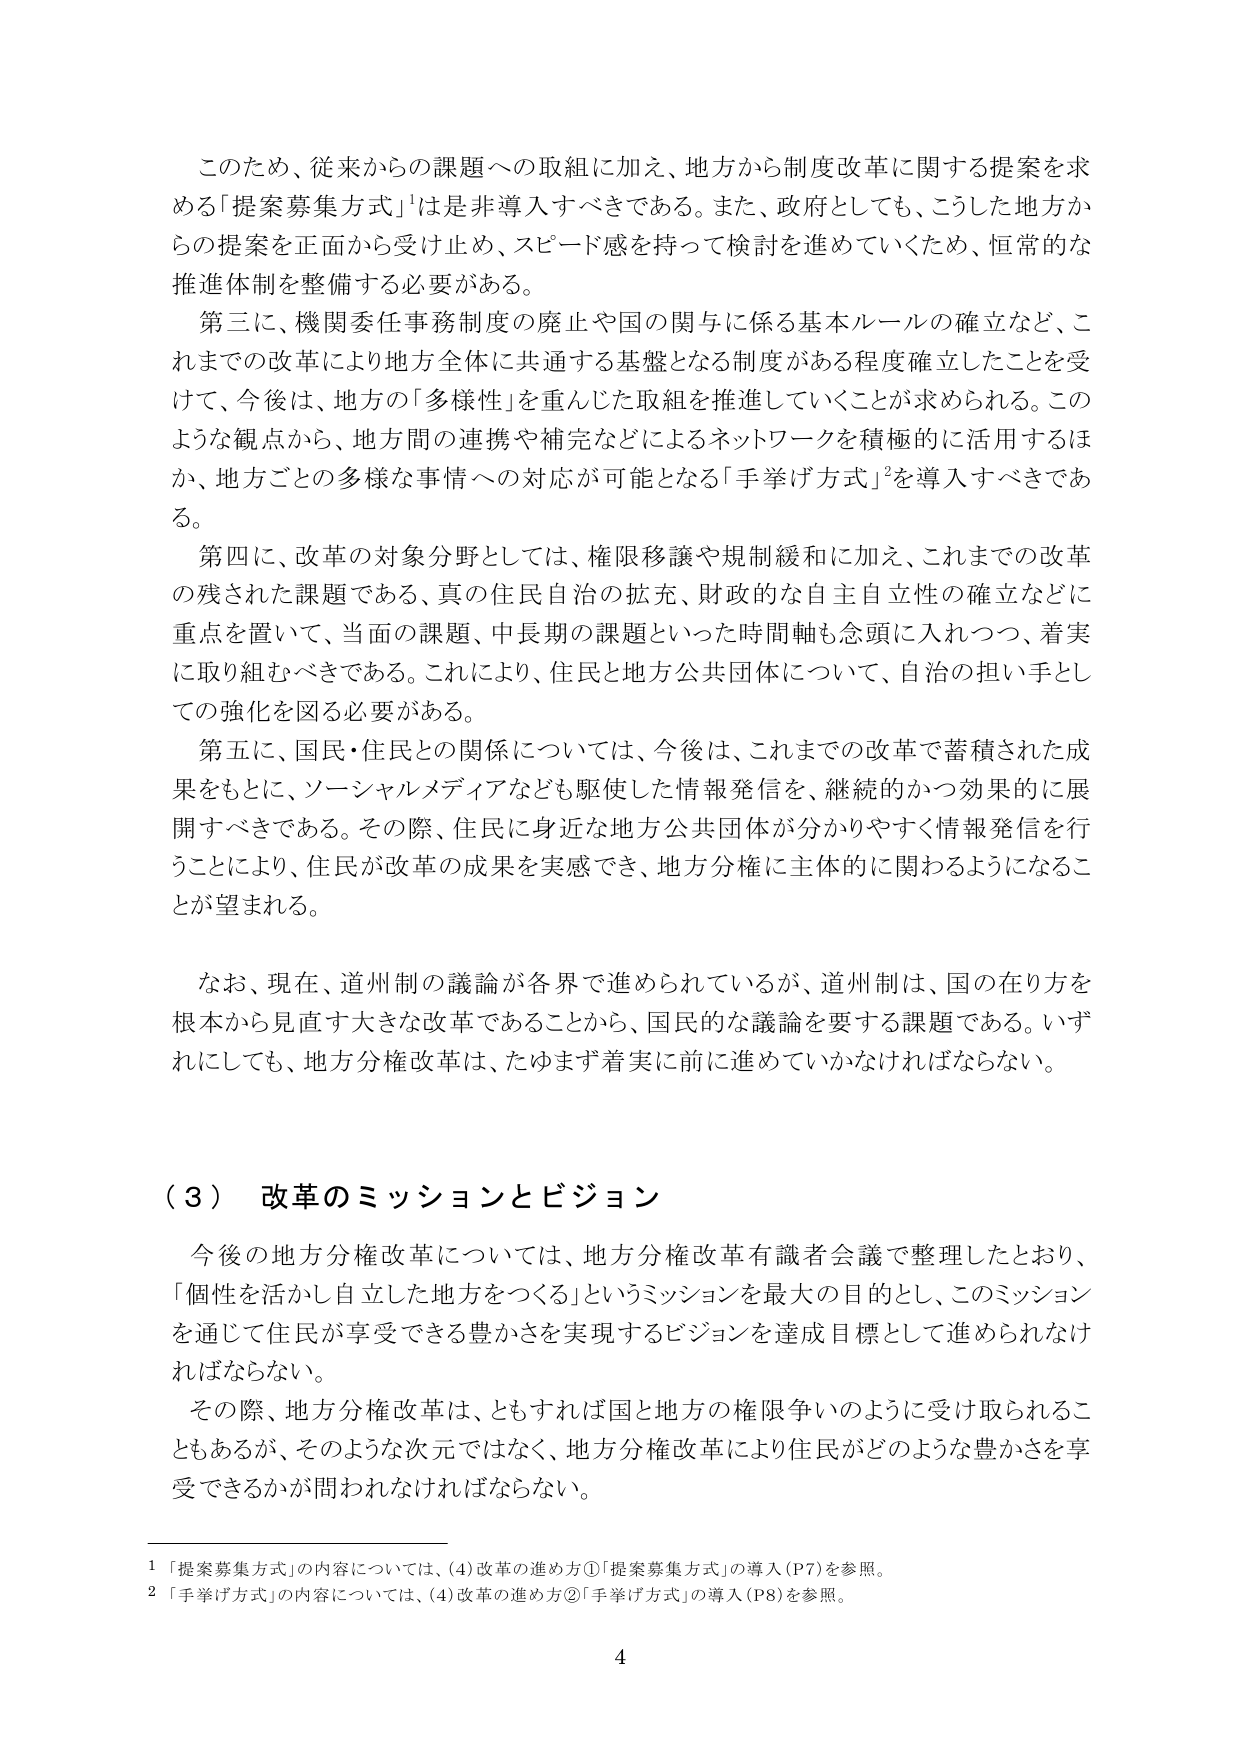
このため、従来からの課題への取組に加え、地方から制度改革に関する提案を求める「提案募集方式」は是非導入すべきである。また、政府としても、こうした地方からの提案を正面から受け止め、スピード感を持って検討を進めていくため、恒常的な推進体制を整備する必要がある。

第三に、機関委任事務制度の廃止や国の関与に係る基本ルールの確立など、これまでの改革により地方全体に共通する基盤となる制度がある程度確立したことを受けて、今後は、地方の「多様性」を重んじた取組を推進していくことが求められる。このような観点から、地方間の連携や補完などによるネットワークを積極的に活用するほか、地方ごとの多様な事情への対応が可能となる「手挙げ方式」²を導入すべきである。

第四に、改革の対象分野としては、権限移譲や規制緩和に加え、これまでの改革の残された課題である、真の住民自治の拡充、財政的な自主自立性の確立などに重点を置いて、当面の課題、中長期の課題といった時間軸も念頭に入れつつ、着実に取り組むべきである。これにより、住民と地方公共団体について、自治の担い手としての強化を図る必要がある。

第五に、国民・住民との関係については、今後は、これまでの改革で蓄積された成果をもとに、ソーシャルメディアなども駆使した情報発信を、継続的かつ効果的に展開すべきである。その際、住民に身近な地方公共団体が分かりやすく情報発信を行うことにより、住民が改革の成果を実感でき、地方分権に主体的に関わるようになることが望まれる。

なお、現在、道州制の議論が各界で進められているが、道州制は、国の在り方を根本から見直す大きな改革であることから、国民的な議論を要する課題である。いずれにしても、地方分権改革は、たゆまず着実に前に進めていかなければならない。

（３） 改革のミッションとビジョン

今後の地方分権改革については、地方分権改革有識者会議で整理したとおり、「個性を活かし自立した地方をつくる」というミッションを最大の目的とし、このミッションを通じて住民が享受できる豊かさを実現するビジョンを達成目標として進められなければならない。

その際、地方分権改革は、ともすれば国と地方の権限争いのように受け取られることもあるが、そのような次元ではなく、地方分権改革により住民がどのような豊かさを享受できるかが問われなければならない。

１ 「提案募集方式」の内容については、（4）改革の進め方①「提案募集方式」の導入（P7）を参照。
２ 「手挙げ方式」の内容については、（4）改革の進め方②「手挙げ方式」の導入（P8）を参照。

4